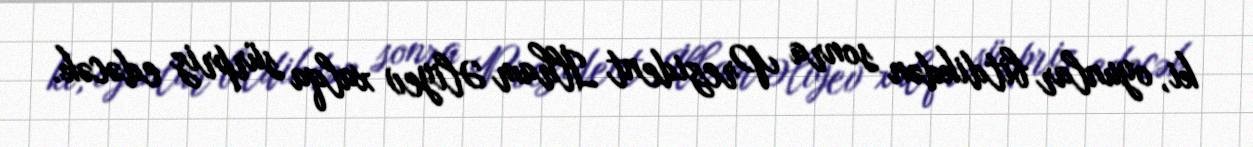
ki, oyunlar bitdikdən sonra Prezident İlham Əliyev xalqa sürpriz edəcək.